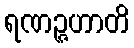
ရဏဉ္ဇဟာတိ